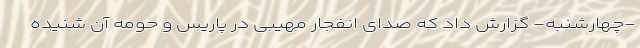
-چهارشنبه- گزارش داد که صدای انفجار مهیبی در پاریس و حومه آن شنیده